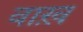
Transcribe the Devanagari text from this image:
वाख़